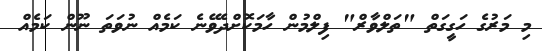
މި މަރުގެ ހަގީގަތް "ތަލްވާރް" ފިލްމުން ހާމަކޮށްދެވޭނެ ކަމެއް ނުވަތަ ނޫން ކަމެއް